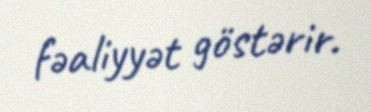
fəaliyyət göstərir.